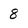
Character: 8